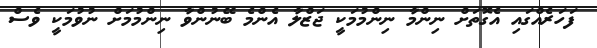
ފަހަރެއްގައި އެގޮތަށް ނިންމާ ނިންމުމަކީ ޖަޒްލާ އެންމެ ބޭނުންވާ ނިންމުމަށް ނުވުމަކީ ވެސް